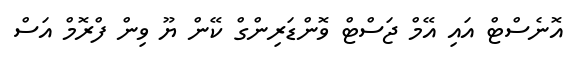
އޮނެސްޓް އައި އޭމް ޖަސްޓް ވޮންޑަރިންގް ކޭން ޔޫ ވިން ފްރޮމް އަސް